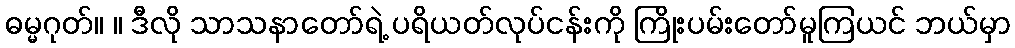
ဓမ္မဂုတ်။ ။ ဒီလို သာသနာတော်ရဲ့ ပရိယတ်လုပ်ငန်းကို ကြိုးပမ်းတော်မူကြယင် ဘယ်မှာ